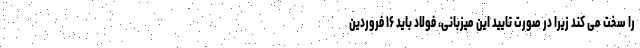
را سخت می کند زیرا در صورت تایید این میزبانی، فولاد باید ۱۶ فروردین